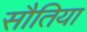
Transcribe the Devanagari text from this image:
सौतिया